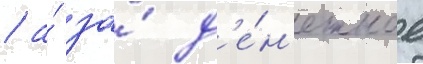
/ а́ за́ д'е́н'ежное